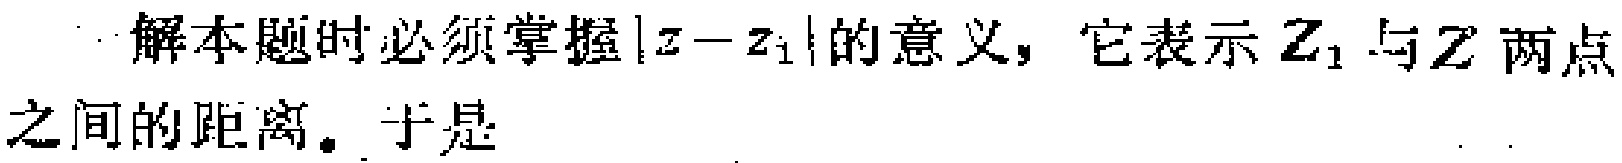
解本题时必须掌握$|z - z_1|$的意义，它表示$Z_1$与$Z$两点之间的距离。于是